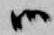
候